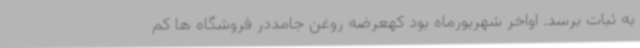
به ثبات برسد. اواخر شهریورماه بود کهعرضه روغن جامددر فروشگاه ها کم